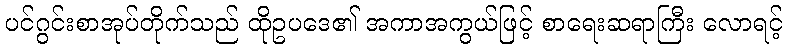
ပင်ဂွင်းစာအုပ်တိုက်သည် ထိုဥပဒေ၏ အကာအကွယ်ဖြင့် စာရေးဆရာကြီး လောရင့်